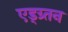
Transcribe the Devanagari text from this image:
एड्ग्र्तन